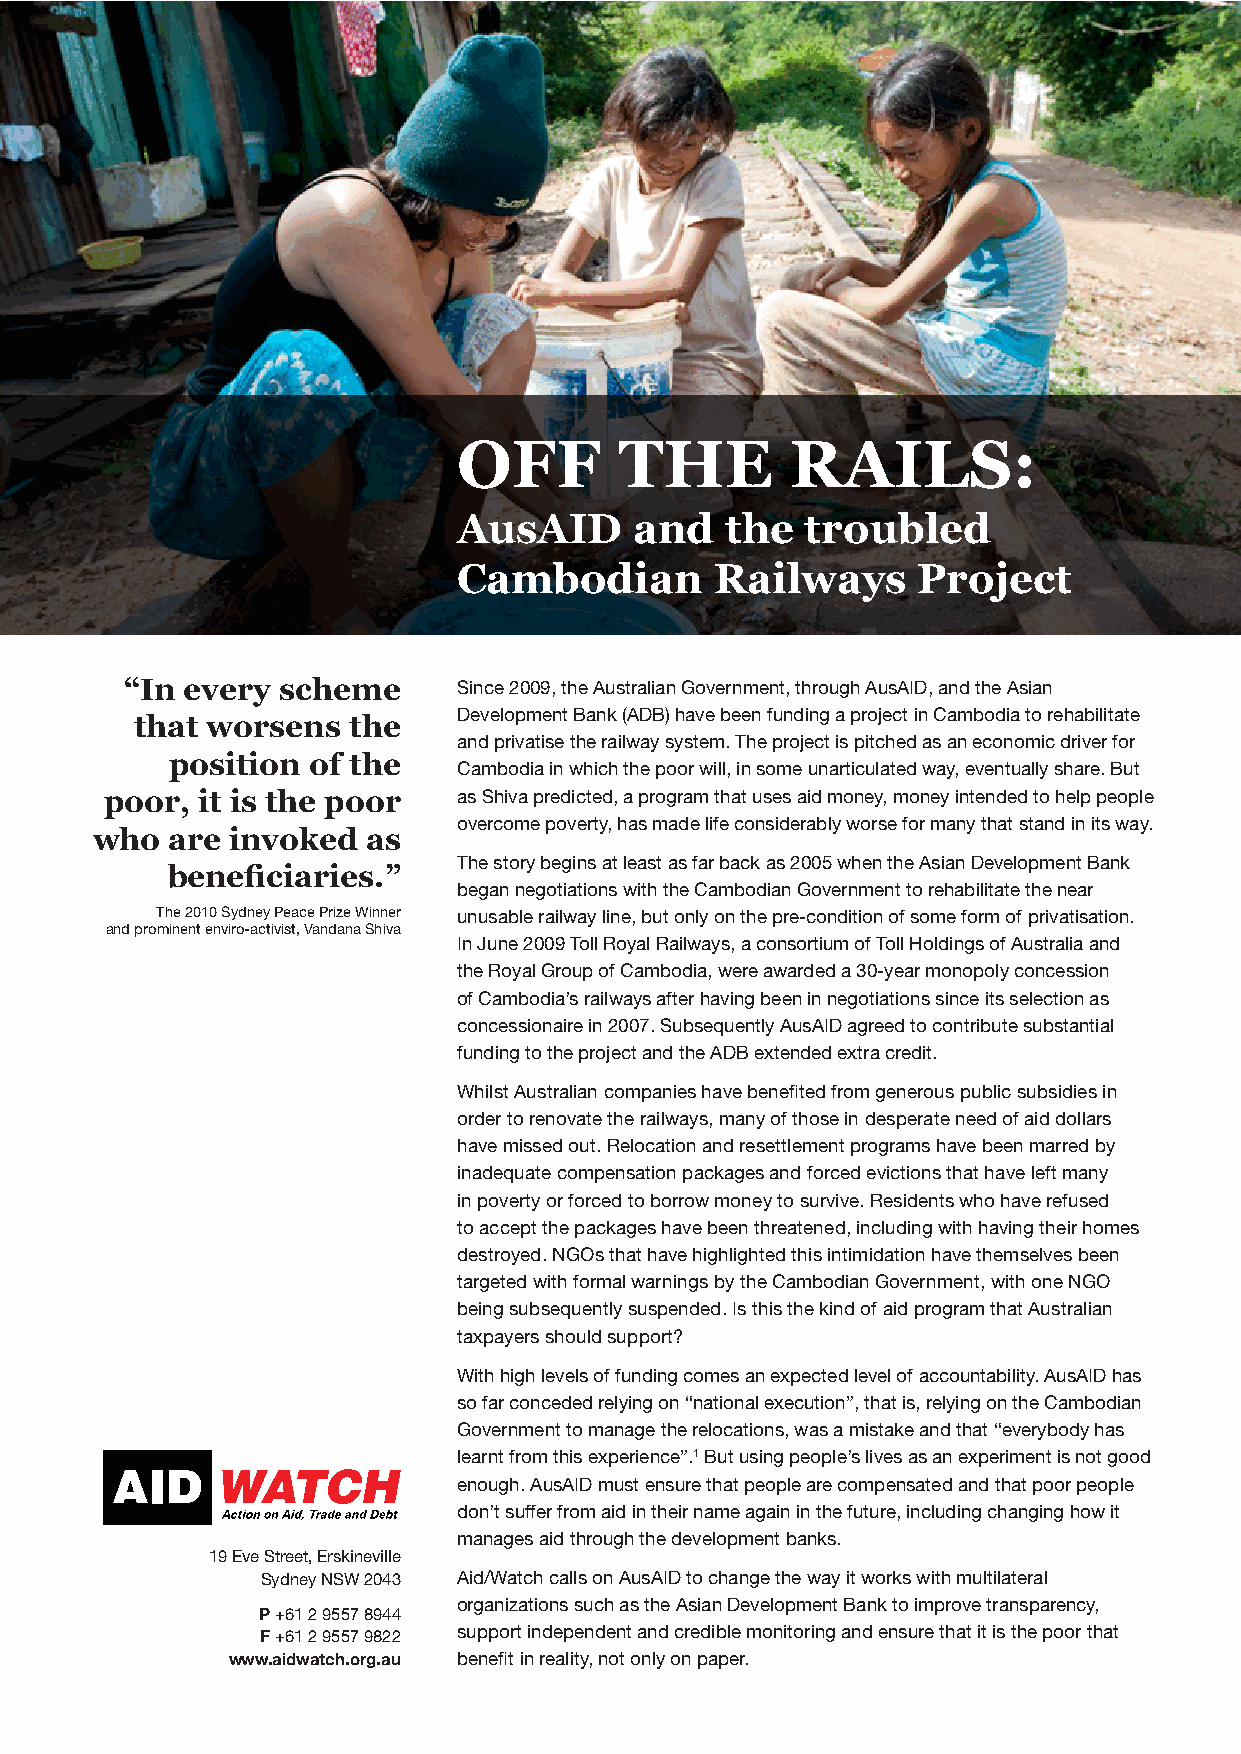
OFF        THE        RAILS:
 AusAID      and   the  troubled
 Cambodian        Railways      Project
 “In every scheme      Since 2009, the Australian Government, through AusAID, and the Asian
 Development Bank (ADB) have been funding a project in Cambodia to rehabilitate
 that worsens  the
 and privatise the railway system. The project is pitched as an economic driver for
 position of the
 Cambodia in which the poor will, in some unarticulated way, eventually share. But
 poor, it is the poor   as Shiva predicted, a program that uses aid money, money intended to help people
 overcome poverty, has made life considerably worse for many that stand in its way.
 who  are invoked  as
 The story begins at least as far back as 2005 when the Asian Development Bank
 !"#"$%&’(&")*+,
 began negotiations with the Cambodian Government to rehabilitate the near
 The 2010 Sydney Peace Prize Winner unusable railway line, but only on the pre-condition of some form of privatisation.
 and prominent enviro-activist, Vandana Shiva
 In June 2009 Toll Royal Railways, a consortium of Toll Holdings of Australia and
 the Royal Group of Cambodia, were awarded a 30-year monopoly concession
 of Cambodia’s railways after having been in negotiations since its selection as
 concessionaire in 2007. Subsequently AusAID agreed to contribute substantial
 funding to the project and the ADB extended extra credit.
 !"#$%&’()%&*+$#+,’-./0+,#1%’"+21’31,14&15’6*./’71,1*.)%’0)3$#-’%)3%#5#1%’#,’
 order to renovate the railways, many of those in desperate need of aid dollars
 have missed out. Relocation and resettlement programs have been marred by
 inadequate compensation packages and forced evictions that have left many
 in poverty or forced to borrow money to survive. Residents who have refused
 to accept the packages have been threatened, including with having their homes
 destroyed. NGOs that have highlighted this intimidation have themselves been
 targeted with formal warnings by the Cambodian Government, with one NGO
 being subsequently suspended. Is this the kind of aid program that Australian
 taxpayers should support?
 With high levels of funding comes an expected level of accountability. AusAID has
 so far conceded relying on “national execution”, that is, relying on the Cambodian
 Government to manage the relocations, was a mistake and that “everybody has
 learnt from this experience”.1 But using people’s lives as an experiment is not good
 enough. AusAID must ensure that people are compensated and that poor people
 don’t suffer from aid in their name again in the future, including changing how it
 manages aid through the development banks.
 19 Eve Street, Erskineville
 Sydney NSW 2043 Aid/Watch calls on AusAID to change the way it works with multilateral
 organizations such as the Asian Development Bank to improve transparency,
 P +61 2 9557 8944
 F +61 2 9557 9822 support independent and credible monitoring and ensure that it is the poor that
 www.aidwatch.org.au 31,14&’#,’*1+$#&89’,.&’.,$8’.,’0+01*: